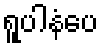
ရူပါနံပေ